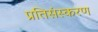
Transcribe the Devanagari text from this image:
प्रतिसंस्करण